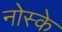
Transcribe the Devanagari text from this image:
नोस्के